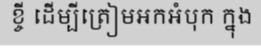
ខ្ចី ដើម្បីត្រៀមអកអំបុក ក្នុង